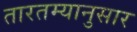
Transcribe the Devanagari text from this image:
तारतम्यानुसार